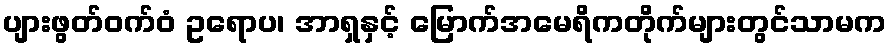
ပျားဖွတ်ဝက်ဝံ ဥရောပ၊ အာရှနှင့် မြောက်အမေရိကတိုက်များတွင်သာမက